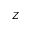
Z